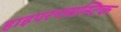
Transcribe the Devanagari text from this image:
हाइपरप्लास्टिक